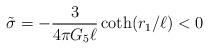
LaTeX: \begin{align*}\tilde\sigma= -{3\over 4\pi G_5\ell}\coth(r_1/\ell) < 0\end{align*}